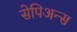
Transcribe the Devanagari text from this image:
सेपिअन्स